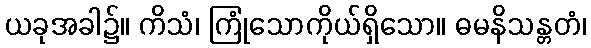
ယခုအခါ၌။ ကိသံ၊ ကြုံသောကိုယ်ရှိသော။ ဓမနိသန္တတံ၊